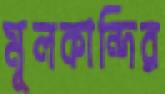
মূলকান্দির